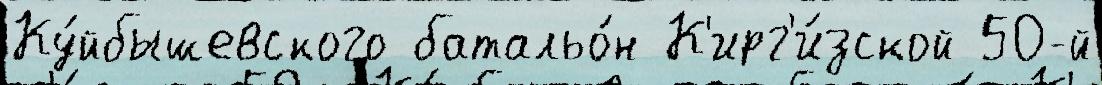
Ку́йбышевского батальо́н К'ирг'и́зской 50-й